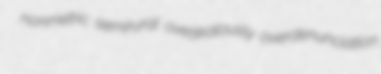
nonmetric semirural overjealously overdenunciation